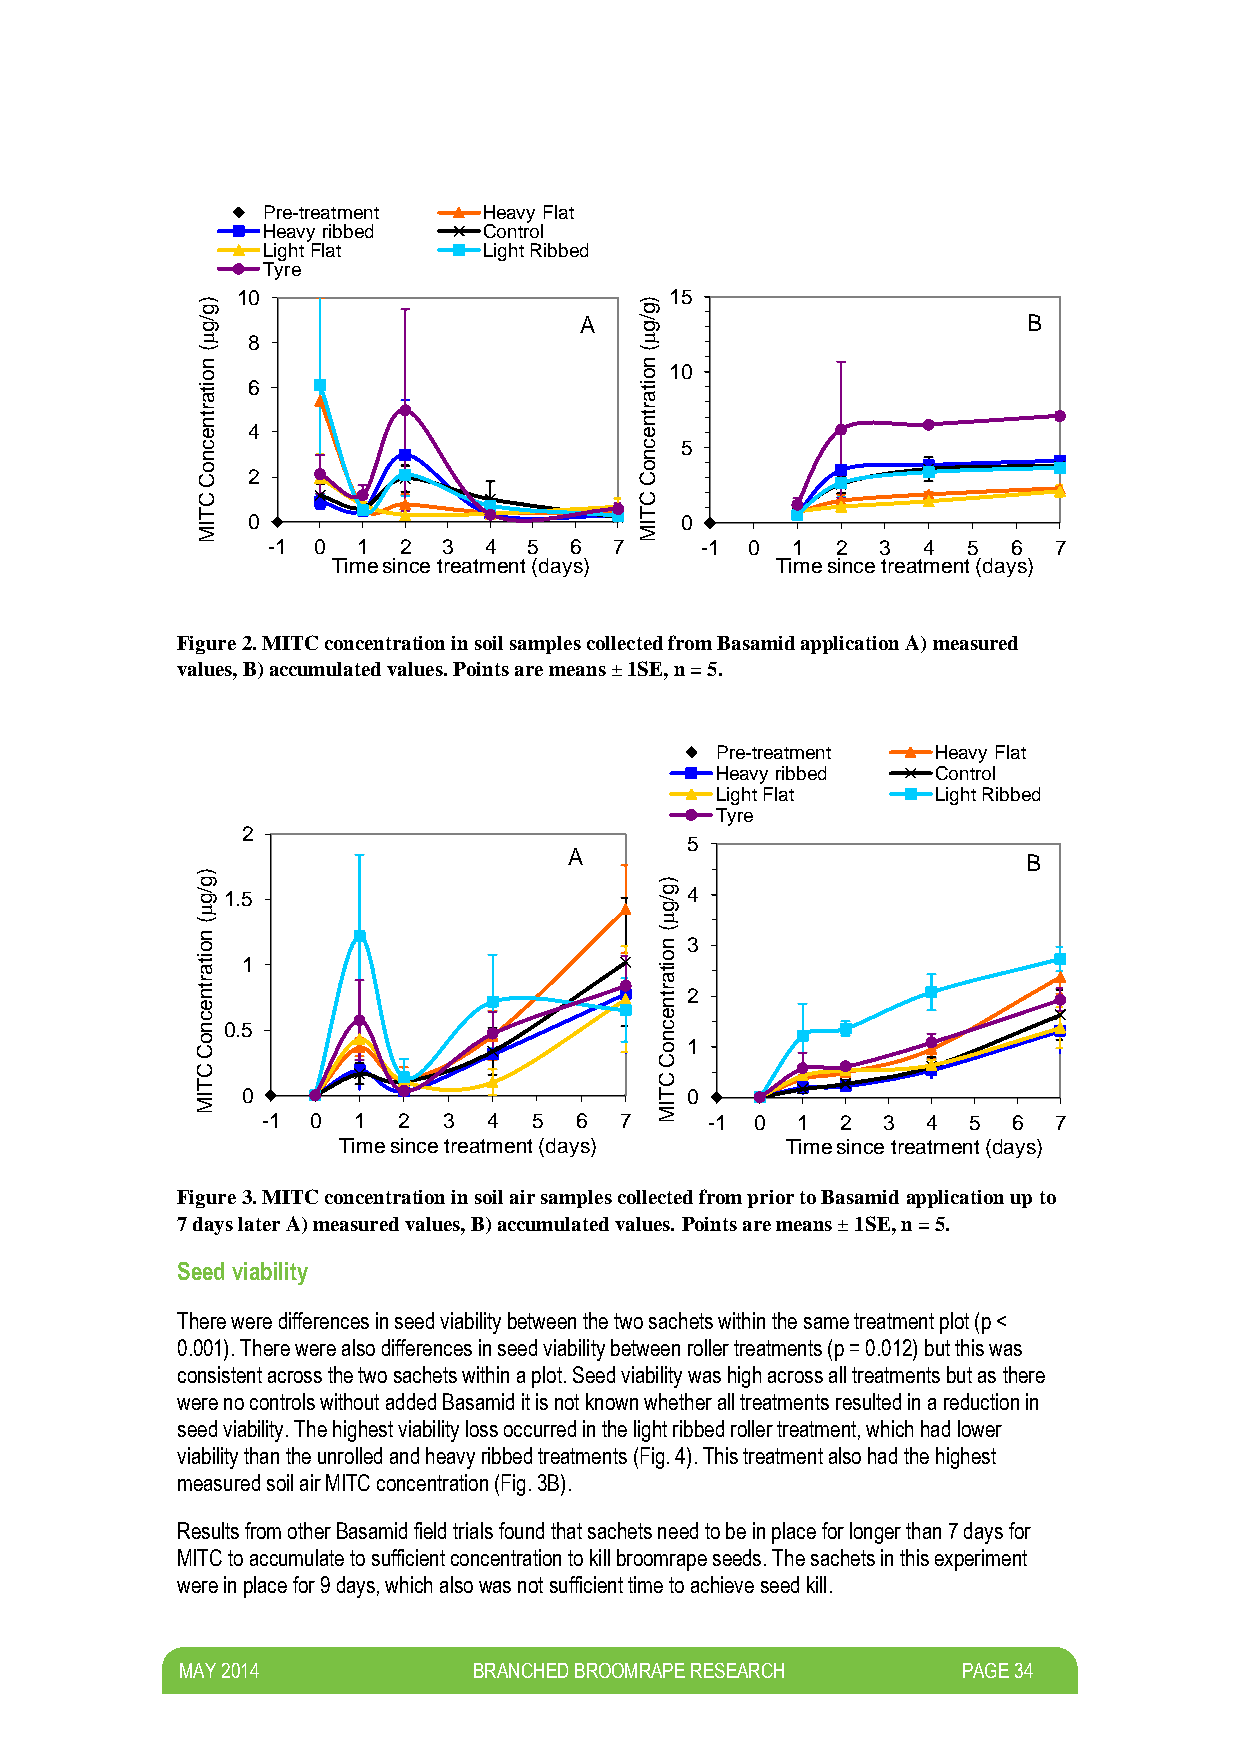
Pre-treatment  Heavy Flat
 Heavy ribbed   Control
 Light Flat     Light Ribbed
 Tyre
 )
 10
 )
 15
 g                            g
 /g                       A   /g                        B
   8                         
 (
 n o
 (
 n o 10
 ita 6                        ita
 r                            r
 tn                           tn
 e  4                         e
 c                            c  5
 n                            n
 o                            o
 C  2                         C
 C                            C
 T IM 0                       T IM 0
 -1 0  1 2  3  4  5  6  7    -1  0 1  2  3  4  5  6  7
 Time since treatment (days)  Time since treatment (days)
 Figure 2. MITC concentration in soil samples collected from Basamid application A) measured
 values, B) accumulated values. Points are means ± 1SE, n = 5.
 Pre-treatment  Heavy Flat
 Heavy ribbed   Control
 Light Flat     Light Ribbed
 Tyre
 2
 5
 A                             B
 )
 g                             )
 /g
 
 1.5                         g /g 4
 (                              
 n
 o
 ita
 r
 1
 (
 n
 o ita
 3
 tn
 e
 r tn 2
 c                             e
 n 0.5                         c
 o C                           n o 1
 C
 C
 C
 T
 IM 0
 -1 0  1  2  3  4  5  6  7
 T
 IM
 0
 -1 0  1  2 3  4  5  6  7
 Time since treatment (days)   Time since treatment (days)
 Figure 3. MITC concentration in soil air samples collected from prior to Basamid application up to
 7 days later A) measured values, B) accumulated values. Points are means ± 1SE, n = 5.
 Seed viability
 There were differences in seed viability between the two sachets within the same treatment plot (p <
 0.001). There were also differences in seed viability between roller treatments (p = 0.012) but this was
 consistent across the two sachets within a plot. Seed viability was high across all treatments but as there
 were no controls without added Basamid it is not known whether all treatments resulted in a reduction in
 seed viability. The highest viability loss occurred in the light ribbed roller treatment, which had lower
 viability than the unrolled and heavy ribbed treatments (Fig. 4). This treatment also had the highest
 measured soil air MITC concentration (Fig. 3B).
 Results from other Basamid field trials found that sachets need to be in place for longer than 7 days for
 MITC to accumulate to sufficient concentration to kill broomrape seeds. The sachets in this experiment
 were in place for 9 days, which also was not sufficient time to achieve seed kill.
 M AY 2014          BRANCHED BROOMRAPE RESEARCH      PAGE 34